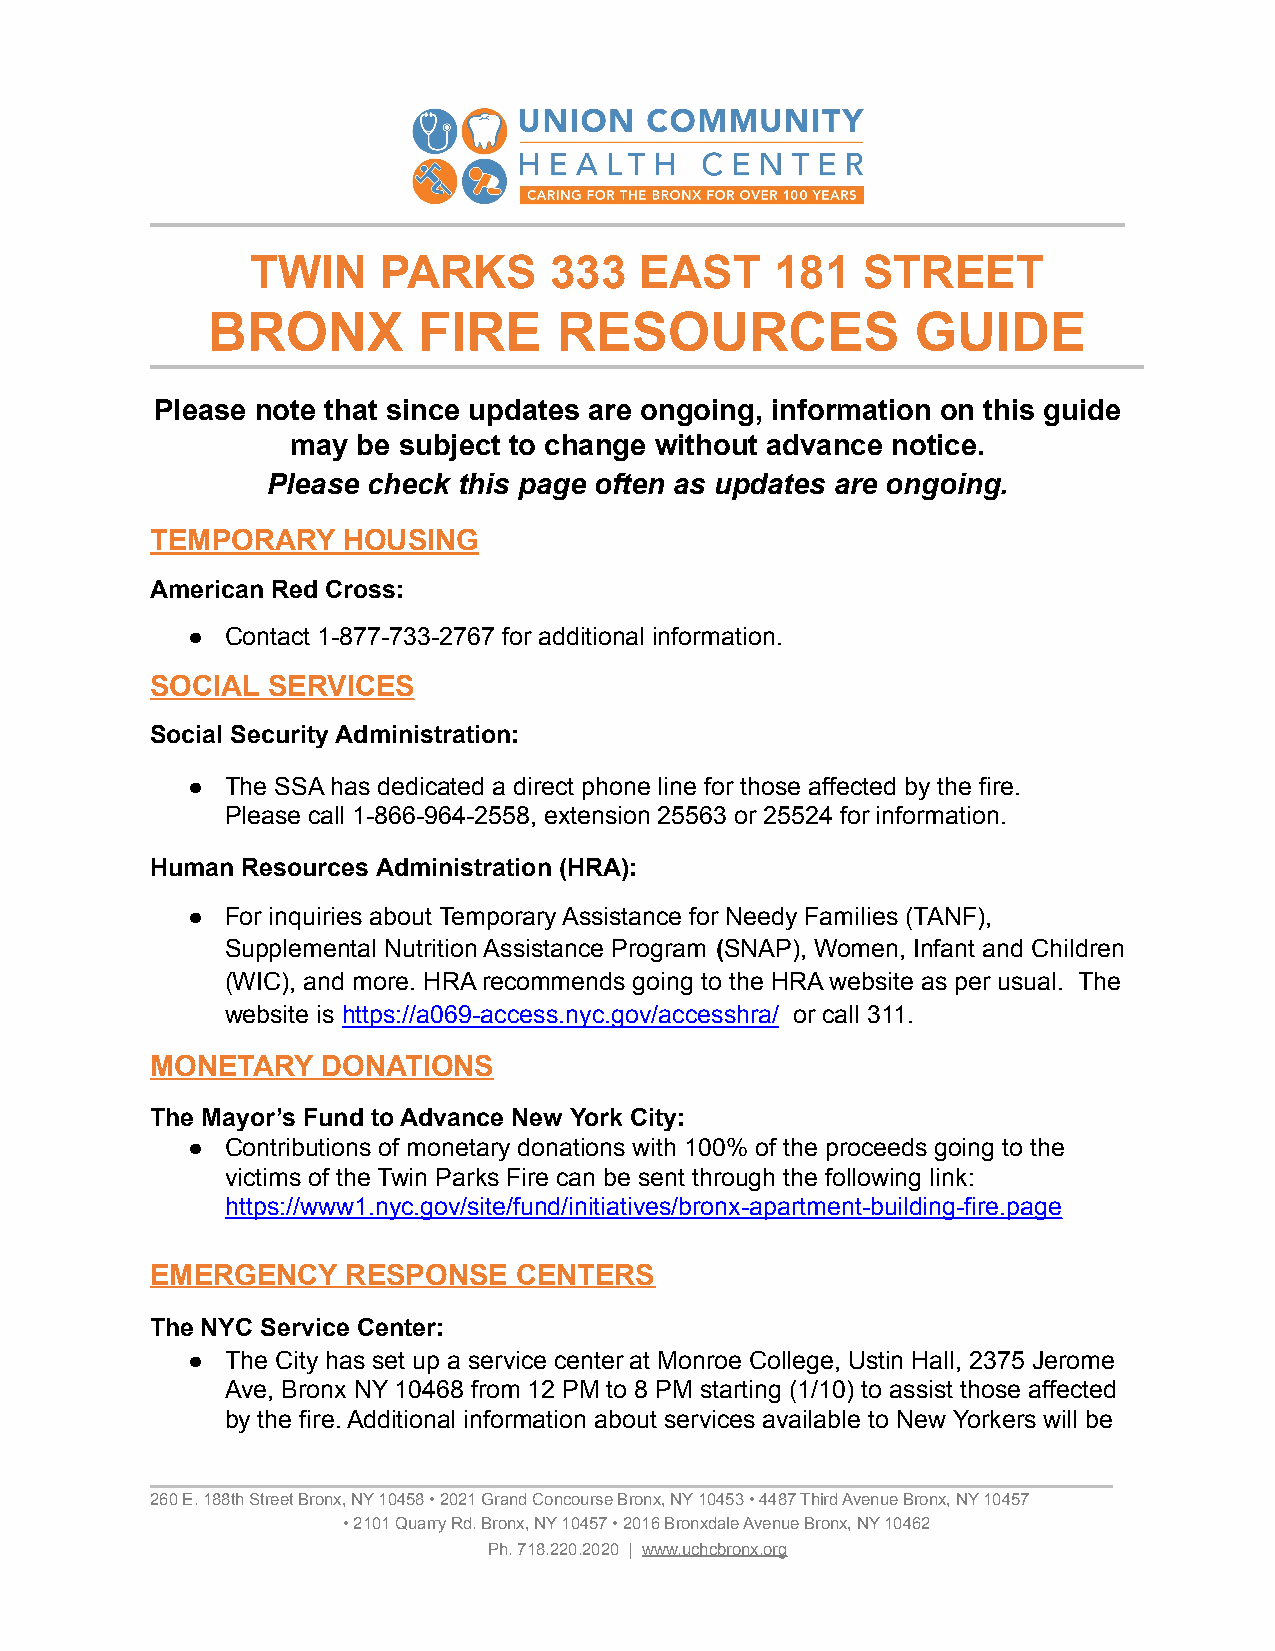
TWIN    PARKS      333   EAST     181   STREET
 BRONX         FIRE     RESOURCES               GUIDE
 Please note that since updates are ongoing, information on this guide
 may  be subject to change without advance notice.
 Please check this page often as updates are ongoing.
 TEMPORARY    HOUSING
 American Red Cross:
 ●  Contact 1-877-733-2767 for additional information.
 SOCIAL  SERVICES
 Social Security Administration:
 ●  The SSA has dedicated a direct phone line for those affected by the fire.
 Please call 1-866-964-2558, extension 25563 or 25524 for information.
 Human Resources Administration (HRA):
 ●  For inquiries about Temporary Assistance for Needy Families (TANF),
 Supplemental Nutrition Assistance Program (SNAP), Women, Infant and Children
 (WIC), and more. HRA recommends going to the HRA website as per usual. The
 website is https://a069-access.nyc.gov/accesshra/ or call 311.
 MONETARY   DONATIONS
 The Mayor’s Fund to Advance New York City:
 ●  Contributions of monetary donations with 100% of the proceeds going to the
 victims of the Twin Parks Fire can be sent through the following link:
 https://www1.nyc.gov/site/fund/initiatives/bronx-apartment-building-fire.page
 EMERGENCY    RESPONSE   CENTERS
 The NYC Service Center:
 ●  The City has set up a service center at Monroe College, Ustin Hall, 2375 Jerome
 Ave, Bronx NY 10468 from 12 PM to 8 PM starting (1/10) to assist those affected
 by the fire. Additional information about services available to New Yorkers will be
 260 E. 188th Street Bronx, NY 10458 • 2021 Grand Concourse Bronx, NY 10453 • 4487 Third Avenue Bronx, NY 10457
 • 2101 Quarry Rd. Bronx, NY 10457 • 2016 Bronxdale Avenue Bronx, NY 10462
 Ph. 718.220.2020 | www.uchcbronx.org